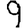
Digit: 9